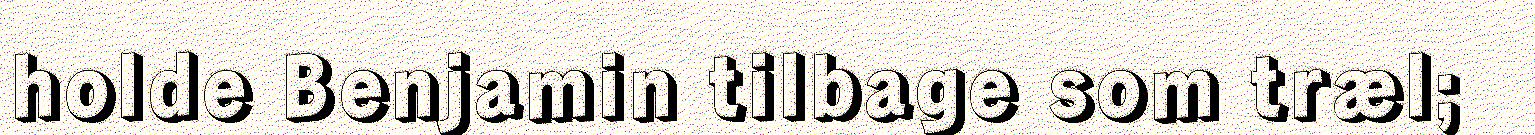
holde Benjamin tilbage som træl;